Cholera in India, 1862 to 1881
Year: 1862
Disease focus: Cholera
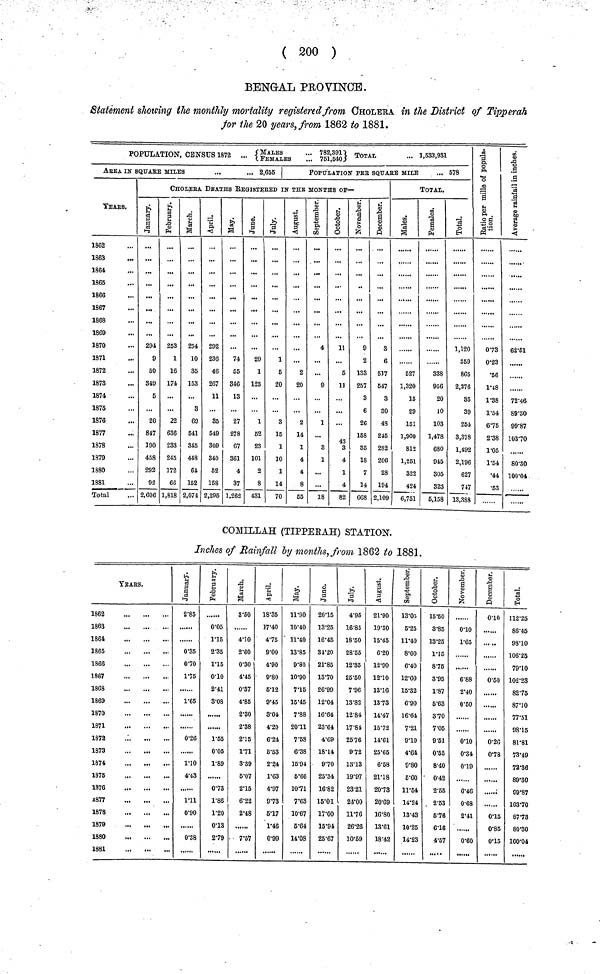
( 200 )
BENGAL PROVINCE.
Statement showing the monthly mortality registered from CHOLErA in the District of Tipperah
for the 20 years, from 1862 to 1881.
POPULATION, CENSUS 1872 ... {MALES ... FEMALES. . . 782,391 , 751,540} TOTAL
...1,533,931
AREA IN SQUARE MILES
...
... 2,655
POPULATION PER SQUARE MILE
... 678
CHOIERA DEATHS REGISTERED IN THE MONTHS OF—
YEARS.
1862
1863
1864
1865
1868
1867
1868
1869
1870
1871
1872
1873
1874
1875
1876
1877
1878
1879
1880
1881
Total
January.
294
9
60
349
5
...
20
847
190
458
292
92
2,606
February.
253
1
16
174
...
22
636
233
245
172
66
1,818
March.
254
10
35
153
...
3
69
641
845
448
64
152
2,074
April.
292
236
46
267
11
35
549
309
340
62
158
2,295
May.
74
55
846
13
27
278
67
361
4
37
1.262
June.
20
1
128
1
62
23
101
2
8
431
July.
1
5
20
3
15
1
10
1
14
70
August.
...
2
20
2
14
1
4
4
8
65
September.
4
...
9
1
8
1
...
18
October.
11
...
5
11
43
3
4
1
4
82
November.
9
2
133
257
3
6
26
158
35
18
7
14
6G8
December.
8
6
517
547
3
30
48
215
282
206
28
194
2,109
TOTAL
Males.
527
1,320
15
29
151
1,900
812
1,251
322
424
6,751
Females.
338
956
20
10
103
1,478
680
945
305
323
5,158
Total.
1,120
S59
865
2,276
35
39
254
3,378
1,492
2,196
627
747
13,388
Ratio per mille
of population.
0. 73
0.23
.56
1.18
1.38
1.54
6.75
2.38
1.05
1.54
•44
•53
Average ra
in inches.
62.61
..
72.46
89.30
99.87
103.70
80.30
100.04
COMILLAH (TIPPERAH) STATION.
Inches of Rainfall by months, from 1862 to 1881.
YEArS.
1862
1863
1864
1865
1866
1867
1868
1869
1870
1871
1873
1873
1874
1875
1876
1877
1878
1879
1880
1881
January.
2.85
0.35
0.70
1.75
1.65
0.26
1.10
4.43
1.11
0.90
0.38
February.
0.05
1.15
2.35
1.15
0.10
2.41
3.08
1.65
0.05
1.89
......
0.73
1.86
1.20
0.13
2.79
March.
8.50
4.10
2.60
0.30
4.45
0.37
4.85
2.30
2.38
2.15
1.71
3.89
6.07
2.15
6.22
2.48
7.57
April.
18.35
17.40
4.75
9.00
4.90
9.0
5.12
9.45
8.04
4.20
6.24
6.53
2.24
1.63
4.97
9.73
5.17
1.46
0.99
May.
11.90
10.40
31.40
13.85
9.80
10.90
7.15
15.45
7 .88
20.11
7.58
6.38
15.94
6.66
10.71
7.63
10.67
6.64
11.08
June.
20.15
13.25
16.45
31.20
21.85
13.70
26.99
12.04
16.64
23.64
4.69
18.14
9.70
25.34
16.82
15.01
17.00
15.94
25.67
July.
4.95
16.85
18.50
28.55
12.35
25.50
7 .96
13.82
12.84
17.84
25.76
9.72
13.13
19.97
23.21
24.00
11.76
26.26
10.69
August.
21.90
19.30
15.45
6.20
12.90
12.10
13.16
13.73
14.47
15.72
14.61
25.65
6.53
21.18
20.73
20.69
16.80
13.61
18.42
September.
13.05
5.25
11.40
8.00
6.40
12.60
15.32
6.90
16.64
7.21
9.10
4.64
9.80
6.60
11.54
14.24
18.43
10.25
14.23
October.
15.50
3.85
13.25
1.15
8.76
3.95
1.87
6.63
3.70
7.05
9.51
0.55
8.40
0.42
2.55
2.63
6.76
6.16
4.57
November.
0.10
1.65
6.88
2.40
0.60
0.10
0.34
0.19
6.46
0.68
2.41
0.60
December.
0.10
... ..
0.50
0.26
0.78
0.15
0.85
0.15
Total.
112.25
86.45
98.10
106.25
79.10
102.23
82.75
87.10
77.51
98.15
81.81
73.49
72.36
89.30
99.87
103.70
87.73
80.30
100.04